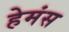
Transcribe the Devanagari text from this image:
हेमंस